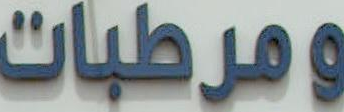
ومرطبات